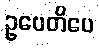
ဥပေတိပေ